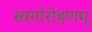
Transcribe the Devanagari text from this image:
स्वर्गारोहणम्